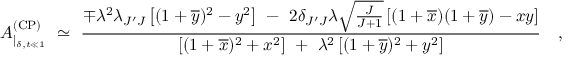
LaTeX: A _ { | _ { \delta , t \ll 1 } } ^ { ( \mathrm { C P } ) } \ \simeq \ \frac { \mp \lambda ^ { 2 } \lambda _ { J ^ { \prime } J } \left[ ( 1 + \overline { { { y } } } ) ^ { 2 } - y ^ { 2 } \right] \ - \ 2 \delta _ { J ^ { \prime } J } \lambda \sqrt { \frac { J } { J + 1 } } \left[ ( 1 + \overline { { { x } } } ) ( 1 + \overline { { { y } } } ) - x y \right] } { \left[ ( 1 + \overline { { { x } } } ) ^ { 2 } + x ^ { 2 } \right] \ + \ \lambda ^ { 2 } \left[ ( 1 + \overline { { { y } } } ) ^ { 2 } + y ^ { 2 } \right] } \ \ \ ,